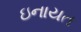
ઇનાયત